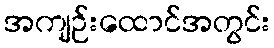
အကျဉ်းထောင်အတွင်း